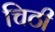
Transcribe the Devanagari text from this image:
चिठी